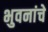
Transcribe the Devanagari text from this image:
भुवनांचे